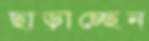
ছাড়াচ্ছেন